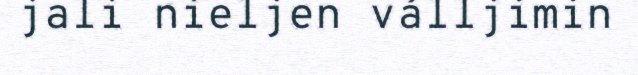
jali nieljen válljimin